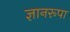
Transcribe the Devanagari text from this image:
ज्ञानरूपा